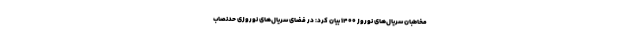
مخاطبان سریال‌های نوروز ۱۴۰۰ بیان کرد: در فضای سریال‌های نوروزی حدنصاب